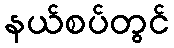
နယ်စပ်တွင်